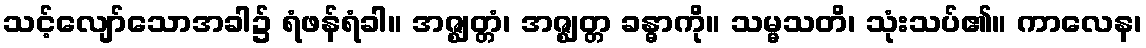
သင့်လျော်သောအခါ၌ ရံဖန်ရံခါ။ အဇ္ဈတ္တံ၊ အဇ္ဈတ္တ ခန္ဓာကို။ သမ္မသတိ၊ သုံးသပ်၏။ ကာလေန၊